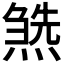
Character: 𤍹